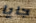
جايا